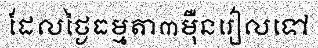
ដែលថ្ងៃធម្មតា៣ម៉ឺនរៀលទៅ